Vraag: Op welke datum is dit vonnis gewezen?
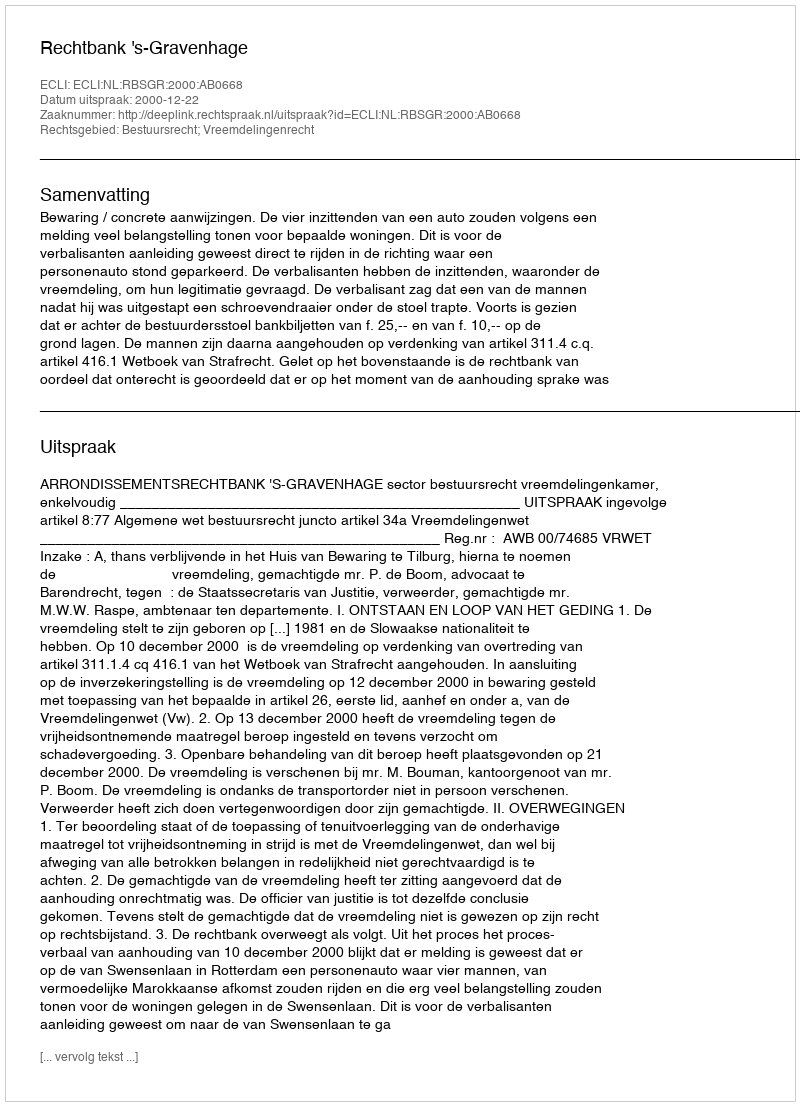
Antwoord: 2000-12-22